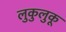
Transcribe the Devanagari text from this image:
लुकुलुकू